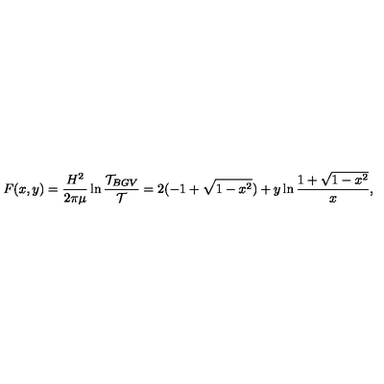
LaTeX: F ( x , y ) = \frac { H ^ { 2 } } { 2 \pi \mu } \ln \frac { { \cal T } _ { B G V } } { { \cal T } } = 2 ( - 1 + \sqrt { 1 - x ^ { 2 } } ) + y \ln \frac { 1 + \sqrt { 1 - x ^ { 2 } } } { x } ,